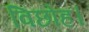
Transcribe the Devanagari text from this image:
विछोह।